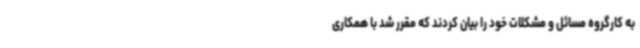
به کارگروه مسائل و مشکلات خود را بیان کردند که مقرر شد با همکاری